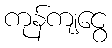
ကုန်ကျငွေ